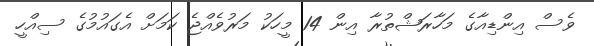
ވެސް އިންޑިއާގެ މަހާރަޝްތުރާ އިން 14 މީހަކު މަރުވެއްޖެ ކަމަށް އެގައުމުގެ ސިއްހީ